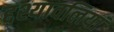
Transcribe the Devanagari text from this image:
द्दश्यावलियां